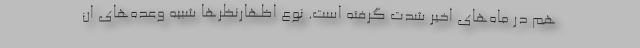
هم در ماه‌های اخیر شدت گرفته است. نوع اظهارنظرها شبیه وعده‌های ان